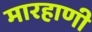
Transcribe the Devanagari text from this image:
मारहाणी